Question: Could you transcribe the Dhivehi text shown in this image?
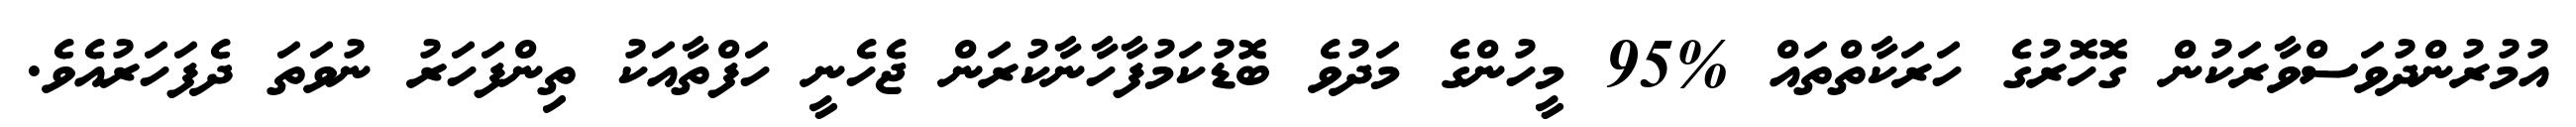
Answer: އުމުރުންދުވަސްވާރަކުން ގޮހޮރުގެ ހަރަކާތްތައް %95 މީހުންގެ މަދުވެ ބޮޑުކަމުފާހާނާކުރަން ޖެހެނީ ހަފްތާއަކު ތިންފަހަރު ނުވަތަ ދެފަހަރުއެވެ.